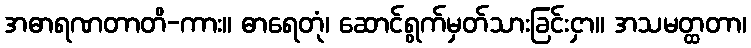
အဓာရဏတာတိ-ကား။ ဓာရေတုံ၊ ဆောင်ရွက်မှတ်သားခြင်းငှာ။ အသမတ္ထတာ၊